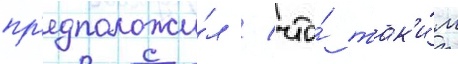
пр'едположи́л / что́ так'и́м